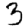
Digit: 3